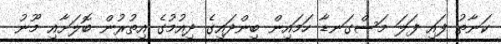
ކަނާތު ފައި ފަލަ މަސްގަނޑާ ހަމައިން ބިންދައިގެ ދިއުމުގެ އިތުުރުން ބޮލަށާއި މޫނު